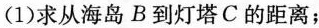
(1)求从海岛B到灯塔C的距离；